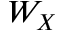
W _ { X }